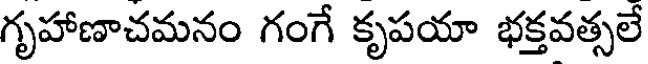
గృహాణాచమనం గంగే కృపయా భక్తవత్సలే